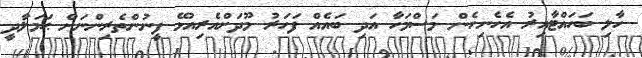
ހާލި ބަހައްޓާއިރު އެހެނިހެން މަސްމަހާ އަދި ބައެއް ފަހަރު މޫދަށްއެރިއުޅޭ ފީނުންތެރިންނަށް ޙަމަލާދީ